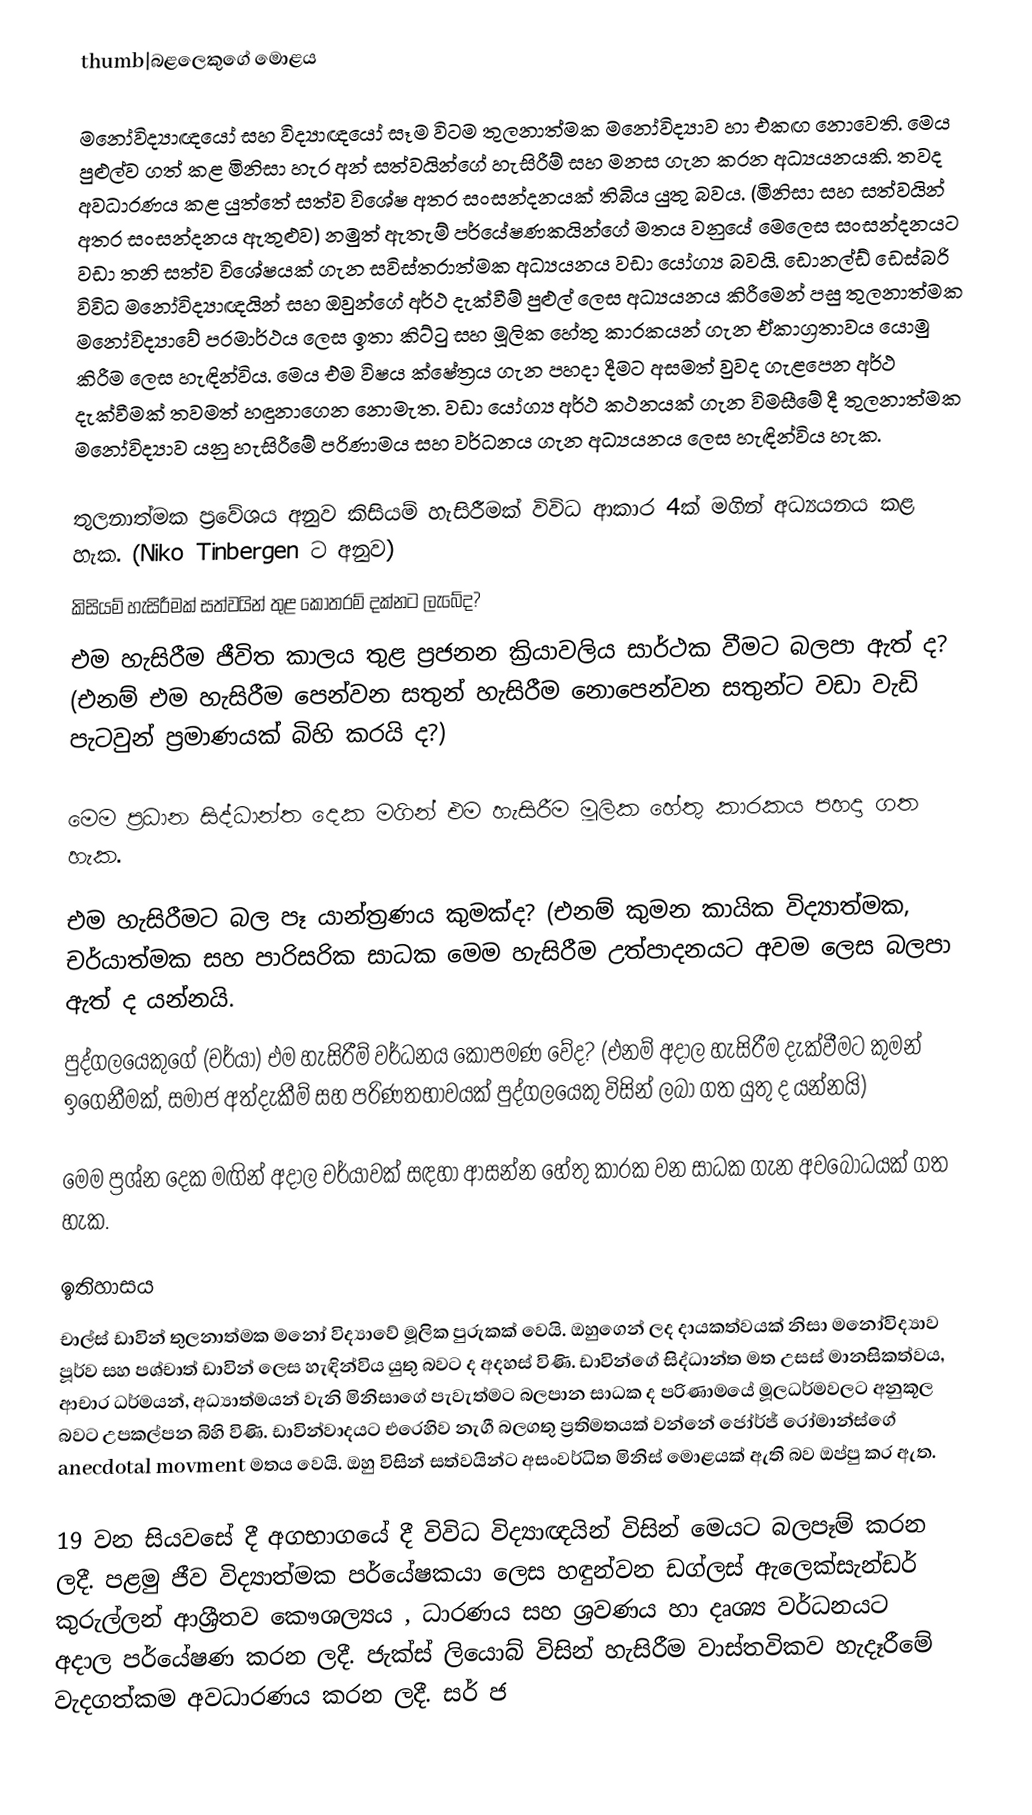
thumb|බළලෙකුගේ මොළය

මනෝවිද්‍යාඥයෝ සහ විද්‍යාඥයෝ සෑම විටම තුලනාත්මක මනෝවිද්‍යාව හා එකඟ නොවෙති. මෙය පුළුල්ව ගත් කළ ‍මිනිසා හැර අන් සත්වයින්ගේ හැසිරීම් සහ මනස ගැන කරන අධ්‍යයනයකි. තවද අවධාරණය කළ යුත්තේ සත්ව විශේෂ අතර සංසන්දනයක් තිබිය යුතු බවය. (මිනිසා සහ සත්වයින් අතර සංසන්දනය ඇතුළුව) නමුත් ඇතැම් පර්යේෂණකයින්ගේ මතය වනුයේ මෙලෙස සංසන්දනයට වඩා තනි සත්ව විශේෂයක් ගැන සවිස්තරාත්මක අධ්‍යයනය වඩා යෝග්‍ය බවයි. ඩොනල්ඩ් ඩෙස්බරි විවිධ මනෝවිද්‍යාඥයින් සහ ඔවුන්ගේ අර්ථ දැක්වීම් පුළුල් ලෙස අධ්‍යයනය කිරීමෙන් පසු තුලනාත්මක මනෝවිද්‍යාවේ පරමාර්ථය ලෙස ඉතා කිට්ටු සහ මූලික හේතු කාරකයන් ගැන ඒකාග්‍රතාවය යොමු කිරීම ලෙස හැඳින්විය. මෙය එම විෂය ක්ෂේත්‍රය ගැන පහදා දීමට අසමත් වුවද ගැළපෙන අර්ථ දැක්වීමක් තවමත් හඳුනාගෙන නොමැත. වඩා යෝග්‍ය අර්ථ කථනයක් ගැන විම‍සීමේ දී තුලනාත්මක මනෝවිද්‍යාව යනු හැසිරීමේ පරිණාමය සහ වර්ධනය ගැන අධ්‍යයනය ලෙස හැඳින්විය හැක.

තුලනාත්මක ප්‍රවේශය අනුව කිසියම් හැසිරීමක් විවිධ ආකාර 4ක් මගින් අධ්‍යයනය කළ හැක. (Niko Tinbergen ට අනුව)
කිසියම් හැසිරීමක් සත්වයින් තුළ කොතරම් දක්නට ලැබේද?
එම හැසිරීම ජීවිත කාලය තුළ ප්‍රජනන ක්‍රියාවලිය සාර්ථක වීමට බලපා ඇත් ද? (එනම් එම හැසිරීම පෙන්වන සතුන් හැසිරීම නොපෙන්වන සතුන්ට වඩා වැඩි පැටවුන් ප්‍රමාණයක් බිහි කරයි ද?)

මෙම ප්‍රධාන සිද්ධාන්ත දෙක මගින් එම හැසිරීම මූලික හේතු කාරකය පහදා ගත හැක.

එම හැසිරීමට බල පෑ යාන්ත්‍රණය කුමක්ද? (එනම් කුමන කායික විද්‍යාත්මක, චර්යාත්මක සහ පාරිසරික සාධක මෙම හැසිරීම උත්පාදනයට අවම ලෙස බලපා ඇත් ද යන්නයි.
පුද්ගලයෙකුගේ (චර්යා) එම හැසිරීම් වර්ධනය කොපමණ වේද? (එනම් අදාල හැසිරීම දැක්වීමට කුමන් ඉගෙනීමක්, සමාජ අත්දැකීම් සහ පරිණතභාවයක් පුද්ගලයෙකු විසින් ලබා ගත යුතු ද යන්නයි)

මෙම ප්‍රශ්න දෙක මඟින් අදාල චර්යාවක් සඳහා ආසන්න හේතු කාරක වන සාධක ගැන අව‍බෝධයක් ගත හැක.

ඉතිහාසය
චාල්ස් ඩාවින් තුලනාත්මක මනෝ විද්‍යාවේ මූලික පුරුකක් වෙයි. ඔහුගෙන් ලද දායකත්වයක් නිසා මනෝවිද්‍යාව පූර්ව සහ පශ්චාත් ඩාවින් ලෙස හැඳින්විය යුතු බවට ද අදහස් විණි. ඩාවින්ගේ සිද්ධාන්ත මත උසස් මානසිකත්වය, ආචාර ධර්මයන්, අධ්‍යාත්මයන් වැනි මිනිසාගේ පැවැත්මට බලපාන සාධක ද පරිණාමයේ මූලධර්මවලට අනුකූල බවට උපකල්පන බිහි විණි. ඩාවින්වාදයට එරෙහිව නැගී බලගතු ප්‍රතිමතයක් වන්නේ ජෝර්ජ් රෝමාන්ස්ගේ anecdotal movment මතය වෙයි. ඔහු විසින් සත්වයින්ට අසංවර්ධිත මිනිස් මොළයක් ඇති බව ඔප්පු කර ඇත.

19 වන සියවසේ දී අගභාගයේ දී විවිධ විද්‍යාඥයින් විසින් මෙයට බලපෑම් කරන ලදී. පළමු ජීව විද්‍යාත්මක පර්යේෂකයා ලෙස හඳුන්වන ඩග්ලස් ඇලෙක්සැන්ඩර් කුරුල්ලන් ආශ්‍රීතව කෞශල්‍යය , ධාරණය  සහ ශ්‍රවණය හා දෘශ්‍ය වර්ධනයට අදාල පර්යේෂණ කරන ලදී. ජැක්ස් ලියොබ් විසින් හැසිරීම වාස්තවිකව හැදෑරීමේ වැදගත්කම අවධාරණය කරන ලදී. සර් ජ